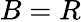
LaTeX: B=R